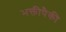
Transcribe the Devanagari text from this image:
भक्तीपैकी